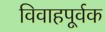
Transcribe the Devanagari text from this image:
विवाहपूर्वक